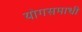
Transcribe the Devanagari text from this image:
योगसमाधी